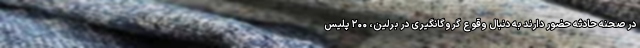
در صحنه حادثه حضور دارند به دنبال وقوع گروگانگیری در برلین، ۲۰۰ پلیس